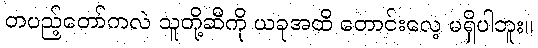
တပည့်တော်ကလဲ သူတို့ဆီကို ယခုအထိ တောင်းလေ့ မရှိပါဘူး။